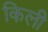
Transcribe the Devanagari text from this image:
किली